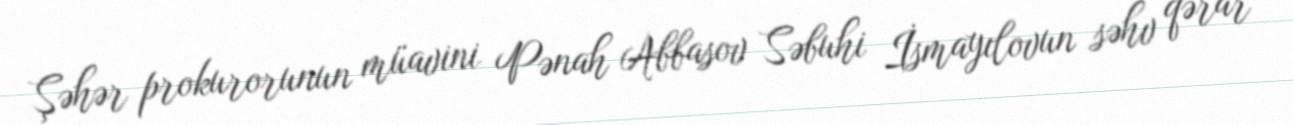
Şəhər prokurorunun müavini Pənah Abbasov Səbuhi İsmayılovun səhv qərar